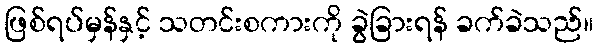
ဖြစ်ရပ်မှန်နှင့် သတင်းစကားကို ခွဲခြားရန် ခက်ခဲသည်။